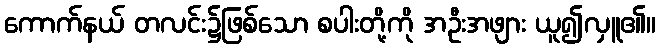
ကောက်နယ် တလင်း၌ဖြစ်သော စပါးတို့ကို အဦးအဖျား ယူ၍လှူ၏။